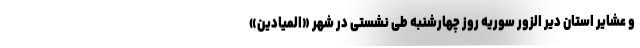
و عشایر استان دیر الزور سوریه روز چهارشنبه طی نشستی در شهر «المیادین»